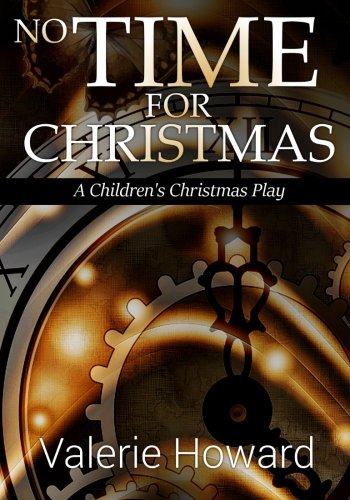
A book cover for No Time For Christmas; Valerie Howard; Literature & Fiction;